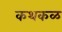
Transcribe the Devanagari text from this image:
कथकळ